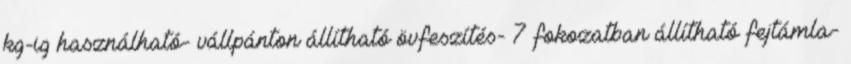
kg-ig használható- vállpánton állítható övfeszítés- 7 fokozatban állítható fejtámla-